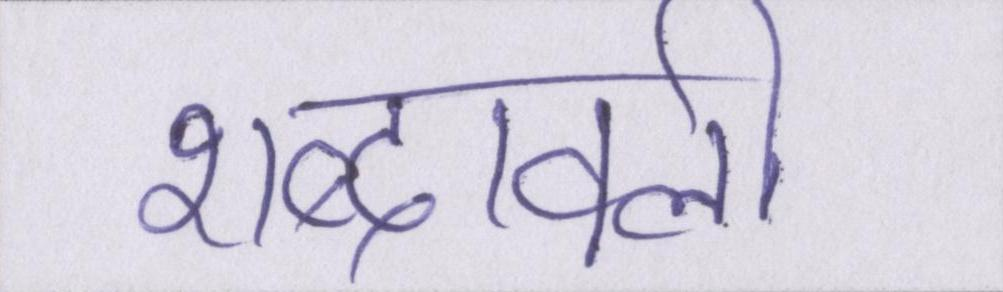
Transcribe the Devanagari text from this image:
शब्दावली